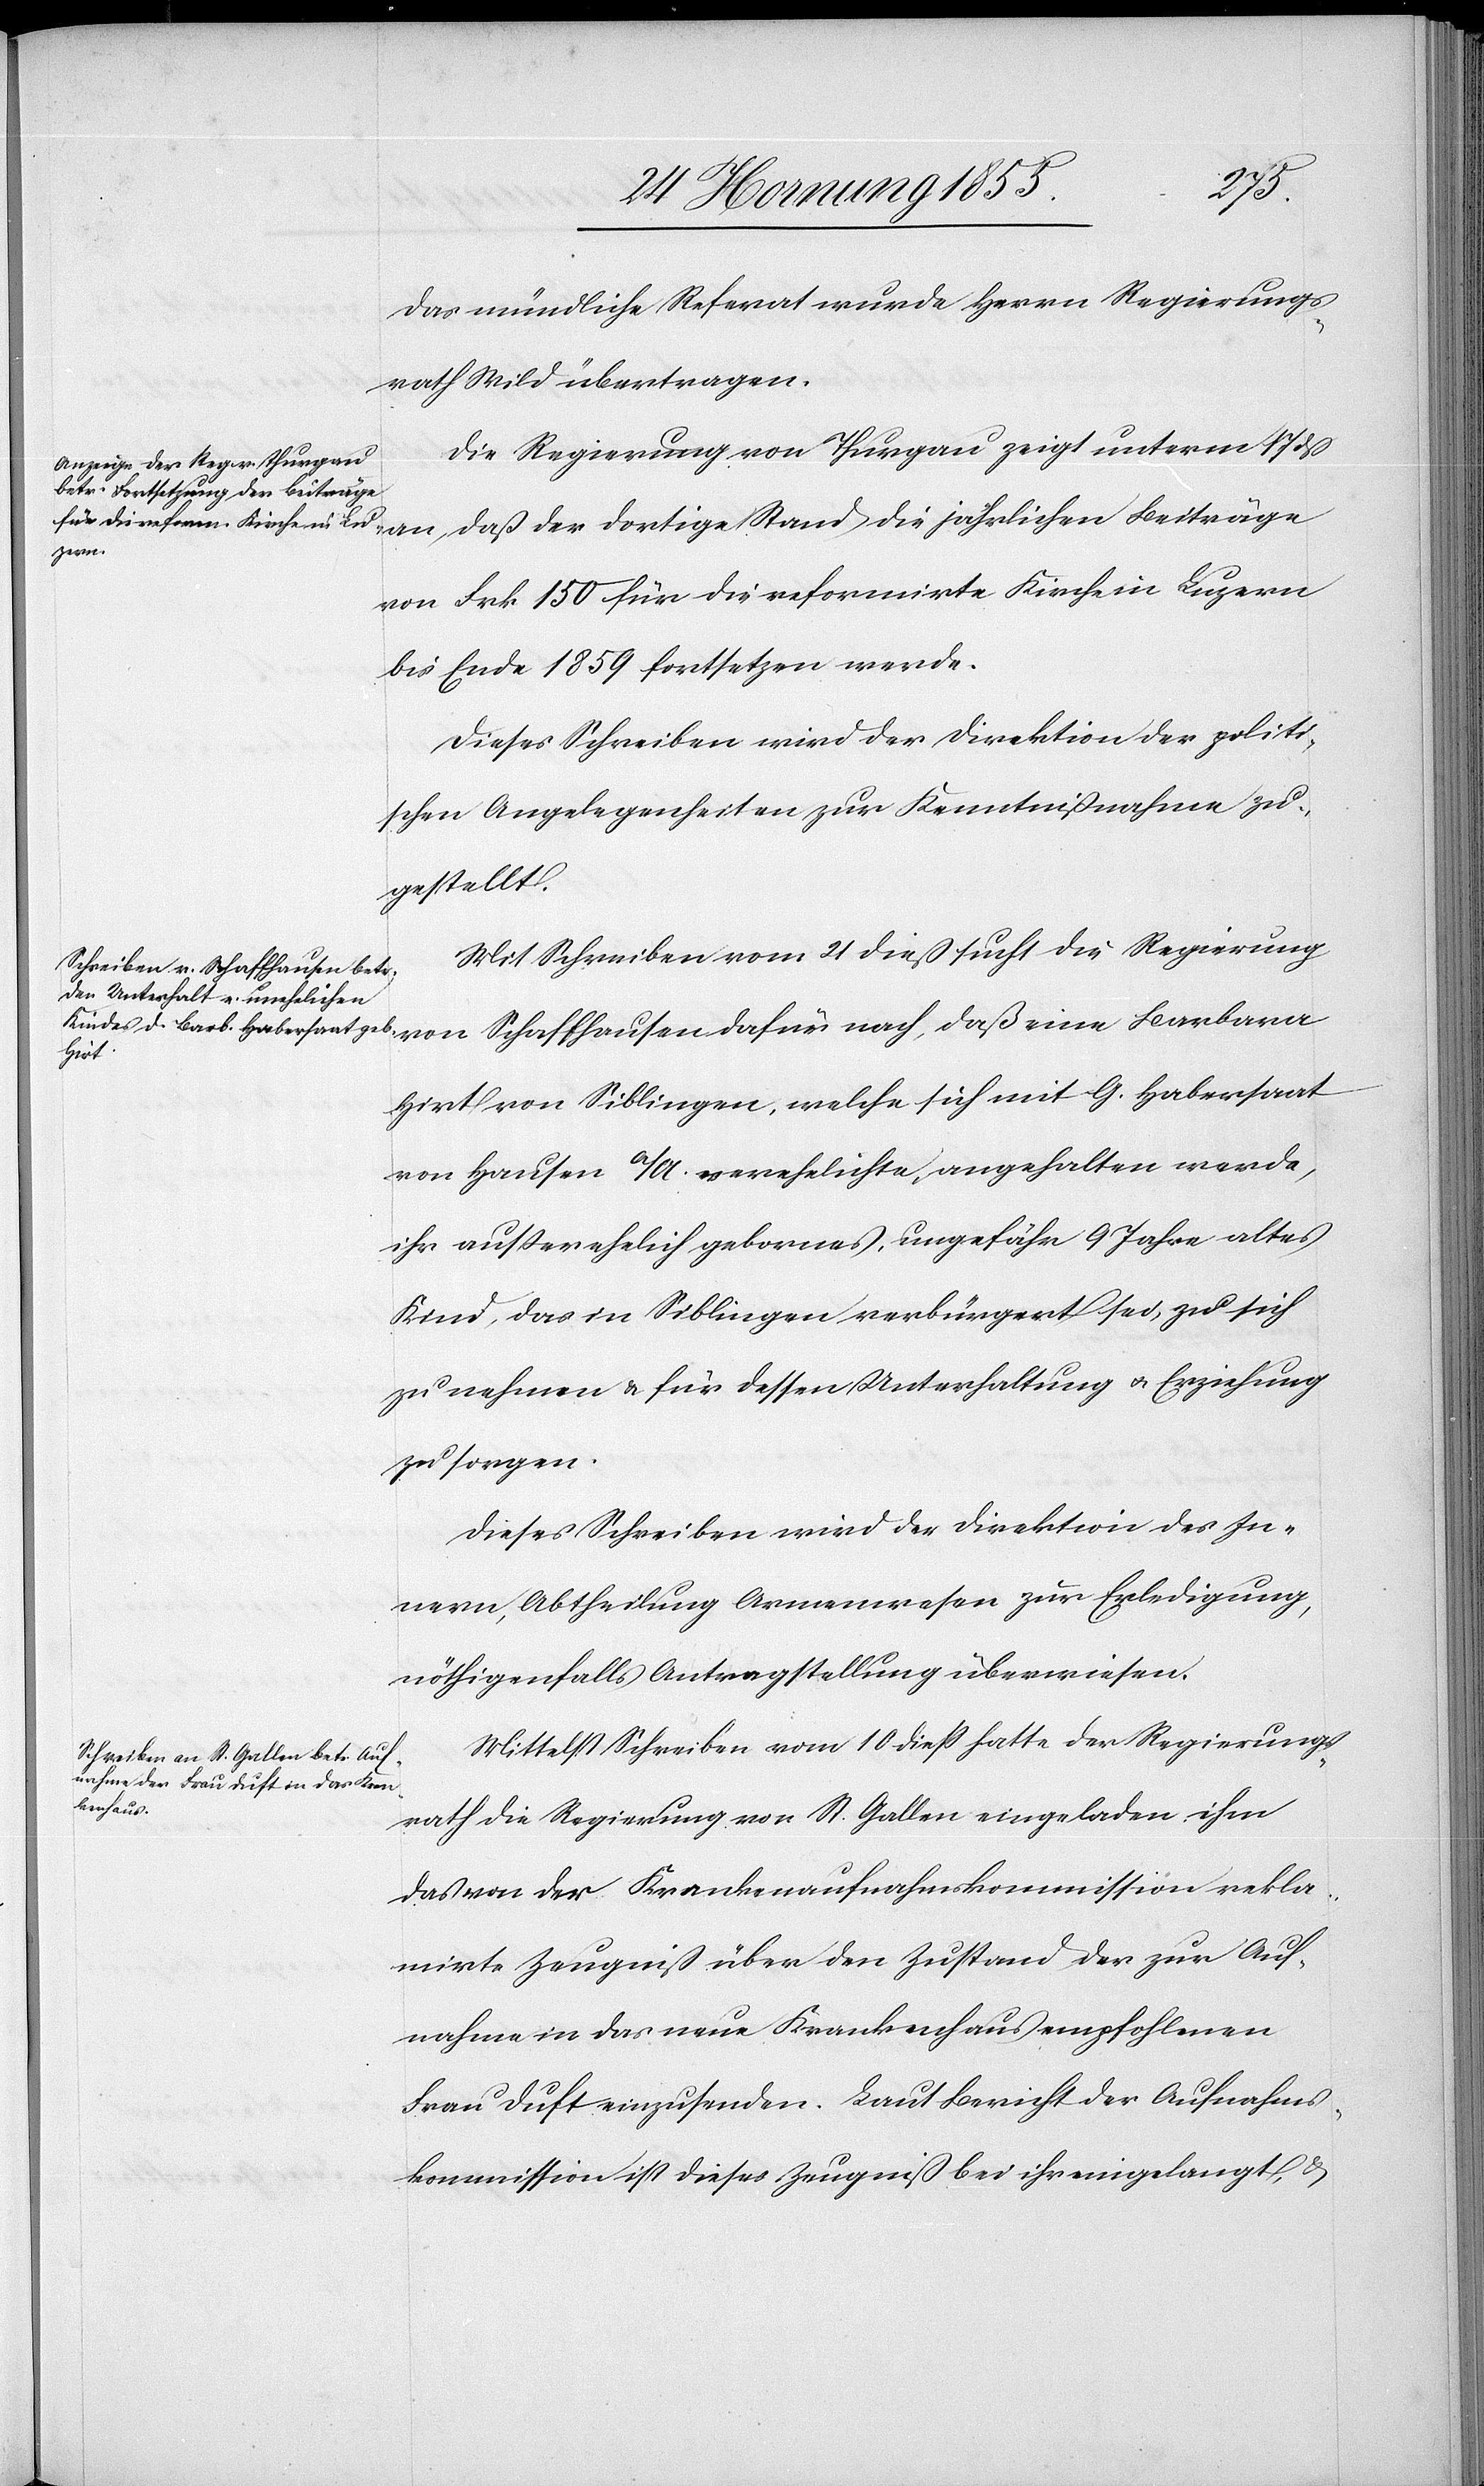
Das mündliche Referat wurde Herrn Regierungs¬
rath Wild übertragen.
Die Regierung von Thurgau zeigt unterm 17 dß
an, daß der dortige Stand die jährlichen Beiträge
von Frk 150 für die reformirte Kirche in Luzern
bis Ende 1859 fortsetzen werde.
Dieses Schreiben wird der Direktion der politi¬
schen Angelegenheiten zur Kenntnißnahme zu¬
gestellt.
Mit Schreiben vom 21 dieß sucht die Regierung
von Schaffhausen dafür nach, daß eine Barbara
Hirt von Siblingen, welche sich mit G. Habersaat
von Hausen a/A. verehelichte, angehalten werde,
ihr außerehelich gebornes, ungefähr 9 Jahre altes
Kind, das in Siblingen verbürgert sei, zu sich
zu nehmen & für dessen Unterhaltung & Erziehung
zu sorgen.
Dieses Schreiben wird der Direktion des In¬
nern, Abtheilung Armenwesen zur Erledigung,
nöthigenfalls Antragstellung überwiesen.
Mittelst Schreiben vom 10 dieß hatte der Regierungs¬
rath die Regierung von St. Gallen eingeladen ihm
das von der Krankenaufnahmskommission rekla¬
mirte Zeugniß über den Zustand der zur Auf¬
nahme in das neue Krankenhaus empfohlenen
Frau Duft einzusenden. Laut Bericht der Aufnahms¬
kommission ist dieses Zeugniß bei ihr eingelangt, &